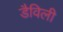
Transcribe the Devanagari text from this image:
डैविली